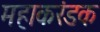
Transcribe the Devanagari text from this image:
महाकरंडक